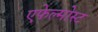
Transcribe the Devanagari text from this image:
एफेल्मोस्ट